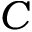
C